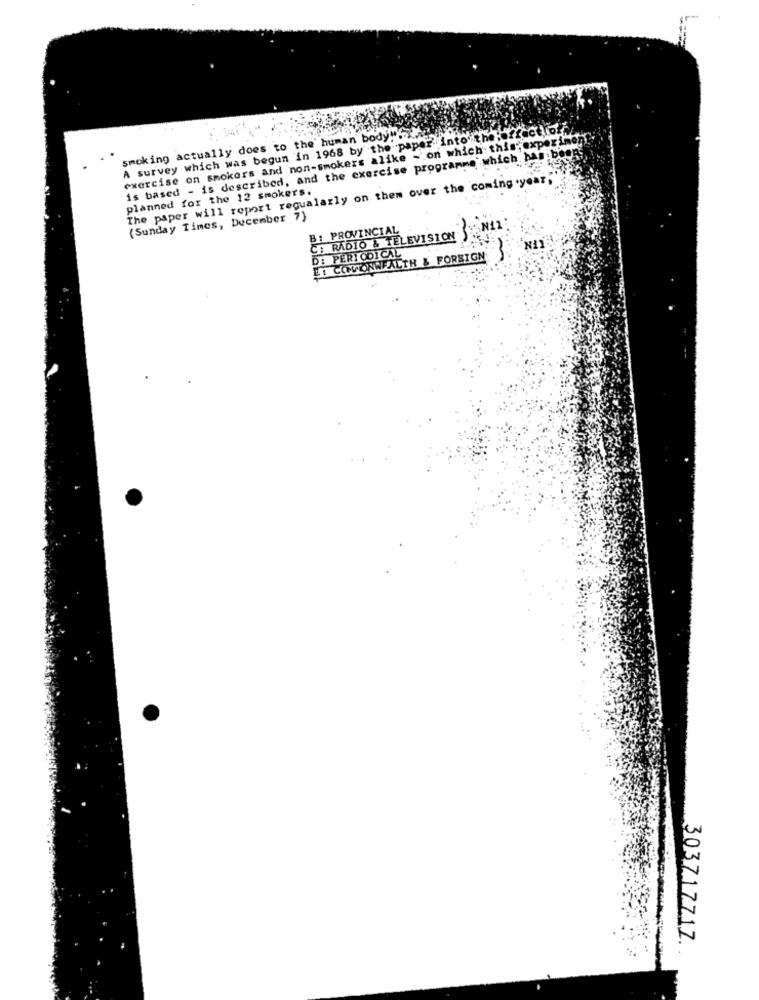
A survey which was begun in 1968 by the paper into the:effect.of.
smoking actually does to the' human body"".
exercise on smokers and non-smokers alike - on which: this; experiment
is based - is described, and the exercise programme which has been
The paper will report regualarly on them over the coming .year""
planned for the 12 smokers.
(Sunday Times, December 7)
B: PROVINCIAL
CE RÁDIO & TELEVISION NEL
EI COWONHEALTH & FOREIGN
N11
D: PERIODICAL
303717717.